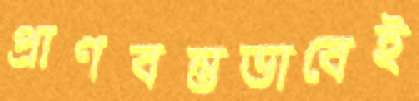
প্রাণবন্তভাবেই